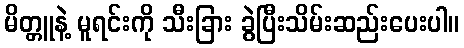
မိတ္တူနဲ့ မူရင်းကို သီးခြား ခွဲပြီးသိမ်းဆည်းပေးပါ။